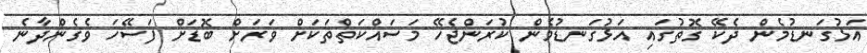
އަޅުގަނޑުމެން ދެކޭ ގޮތުގައި އަޅުގަނޑުމެން ކުރަންޖެހޭ މަސައްކަތްތަކަށް ވަރަށް ބޮޑަށް ފަސޭހަ ވެގެންދާނެ